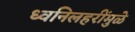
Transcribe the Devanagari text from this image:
ध्वनिलहरींमुळे